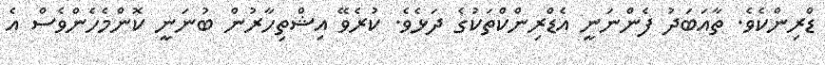
ޑްރިންކެވެ. ތާއަބަދު ފެންނަނީ އެޑްރިންކްތަކުގެ ދަޅެވެ. ކުރެވޭ އިޝްތިހާރުން ބުނަނީ ކޮންމެހެންވެސް އެ